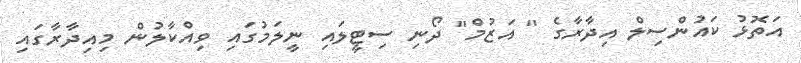
އަތޮޅު ކައުންސިލް އިދާރާގެ " އަޒުމް" ދޯނި ސިޓީލައި ނީލަމުގައި ވިއްކާލުން މިއިދާރާގައި